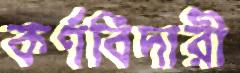
কর্ণবিদারী